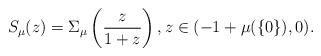
LaTeX: \begin{align*}S_\mu(z)=\Sigma_\mu\left(\frac{z}{1+z}\right),z\in (-1+\mu(\{0\}),0). \end{align*}